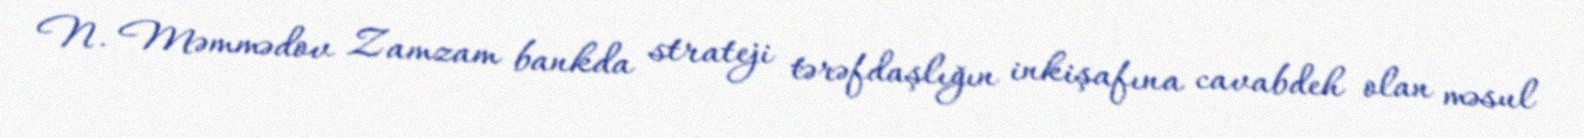
N. Məmmədov Zamzam bankda strateji tərəfdaşlığın inkişafına cavabdeh olan məsul